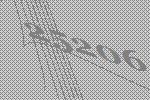
25206